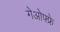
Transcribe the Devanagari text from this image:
गेओफ्फ्रे